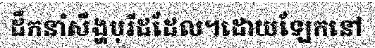
ដឹកនាំសឹង្ហបុរីដដែល។ដោយឡែកនៅ